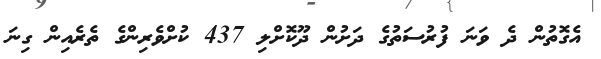
އެގޮތުން ދެ ވަނަ ފުރުސަތުގެ ދަށުން ދޫކޮށްލި 437 ކުށްވެރިންގެ ތެރެއިން ގިނަ